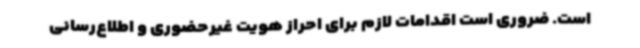
است. ضروری است اقدامات لازم برای احراز هویت غیرحضوری و اطلاع‌رسانی